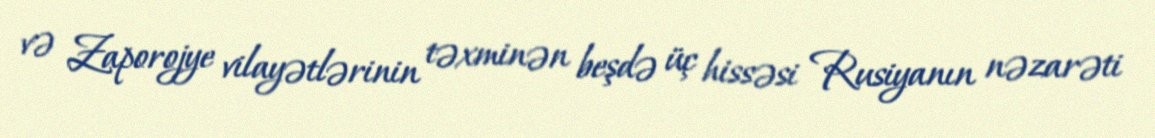
və Zaporojye vilayətlərinin təxminən beşdə üç hissəsi Rusiyanın nəzarəti